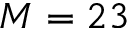
M = 2 3